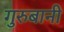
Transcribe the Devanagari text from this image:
गुरुबानी